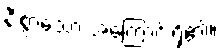
နီးစွာသော အကြောင်းရှိ၏။